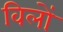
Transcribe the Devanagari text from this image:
विलों